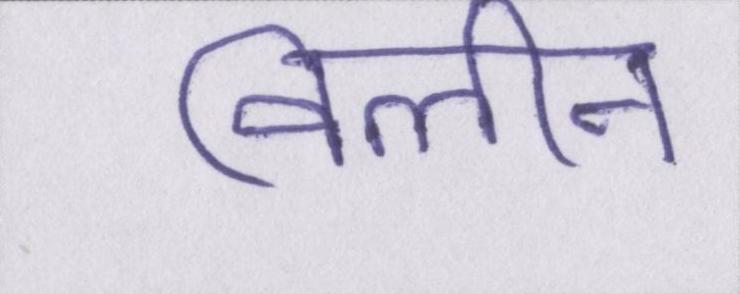
विलीन